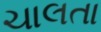
ચાલતા